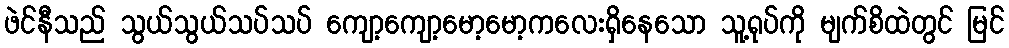
ဖဲင်နီသည် သွယ်သွယ်သပ်သပ် ကျော့ကျော့မော့မော့ကလေးရှိနေသော သူ့ရုပ်ကို မျက်စိထဲတွင် မြင်